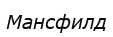
Мансфилд